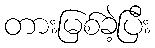
တားမြစ်ခဲ့ပြီး